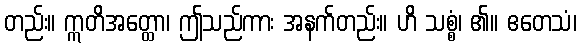
တည်း။ ဣတိအတ္ထော၊ ဤသည်ကား အနက်တည်း။ ဟိ သစ္စံ၊ ၏။ ဧတေသံ၊